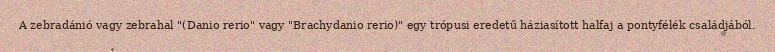
A zebradánió vagy zebrahal "(Danio rerio" vagy "Brachydanio rerio)" egy trópusi eredetű háziasított halfaj a pontyfélék családjából.